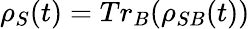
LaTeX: \rho_{S}(t)=Tr_{B}(\rho_{SB}(t))